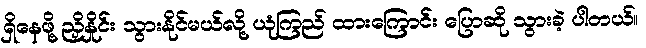
ရှိနေဖို့ ညှိနှိုင်း သွားနိုင်မယ်လို့ ယုံကြည် ထားကြောင်း ပြောဆို သွားခဲ့ ပါတယ်။